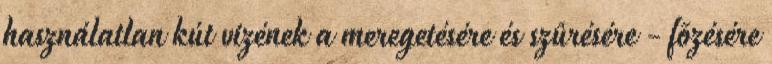
használatlan kút vizének a meregetésére és szûrésére - fõzésére